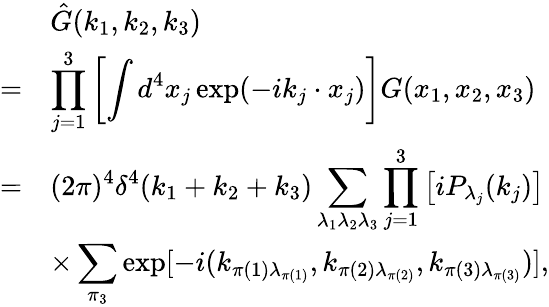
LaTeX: \begin{array}{rl}{{}}&{{\hat{G}(k_{1},k_{2},k_{3})}}\\ {{=}}&{{\displaystyle\prod_{j=1}^{3}\left[\int d^{4}x_{j}\exp(-ik_{j}\cdot x_{j})\right]G(x_{1},x_{2},x_{3})}}\\ {{=}}&{{\displaystyle(2\pi)^{4}\delta^{4}(k_{1}+k_{2}+k_{3})\sum_{\lambda_{1}\lambda_{2}\lambda_{3}}\prod_{j=1}^{3}\left[iP_{\lambda_{j}}(k_{j})\right]}}\\ {{}}&{{\displaystyle\times\sum_{\pi_{3}}\exp[-i(k_{\pi(1)\lambda_{\pi(1)}},k_{\pi(2)\lambda_{\pi(2)}},k_{\pi(3)\lambda_{\pi(3)}})],}}\end{array}